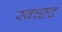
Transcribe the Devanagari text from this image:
स्वच्छद